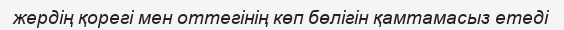
жердің қорегі мен оттегінің көп бөлігін қамтамасыз етеді